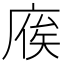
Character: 𢉡